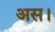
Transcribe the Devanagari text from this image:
अस।